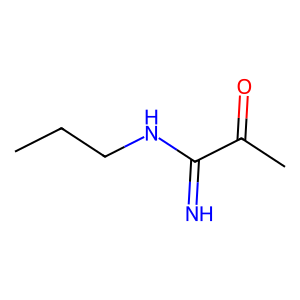
SMILES: CCCNC(=N)C(C)=O
Inhibits HIV replication: No